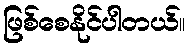
ဖြစ်စေနိုင်ပါတယ်။